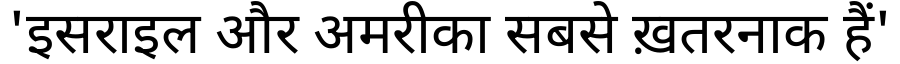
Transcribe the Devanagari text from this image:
'इसराइल और अमरीका सबसे ख़तरनाक हैं'